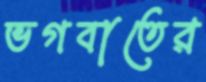
ভগবাতের